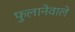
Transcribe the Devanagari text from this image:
फुलानेवाले